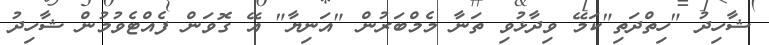
ޝާހިދު "ހިތްދަތި"ކަމޭ ވިދާޅުވި ތަނާ މެމްބަރުން "އަނިޔާ" އޭ ގޮވަން ފެއްޓެވުމުން ޝާހިދު